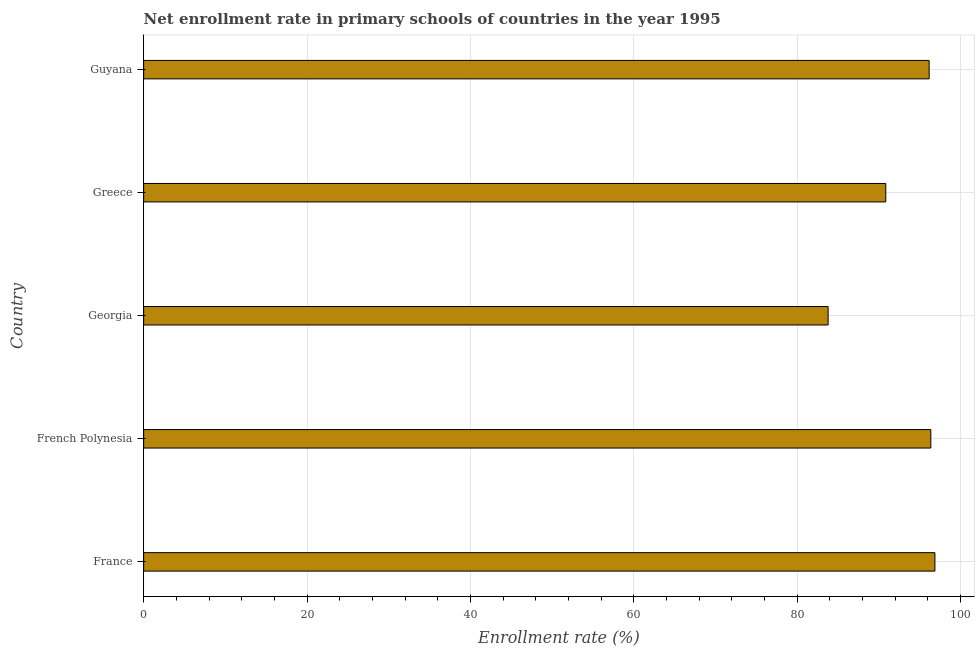
| Country | Adjusted net enrolment rate |
 | --- | --- |
 | France | 96.9 |
 | French Polynesia | 96.4 |
 | Georgia | 83.8 |
 | Greece | 90.8 |
 | Guyana | 96.1 |